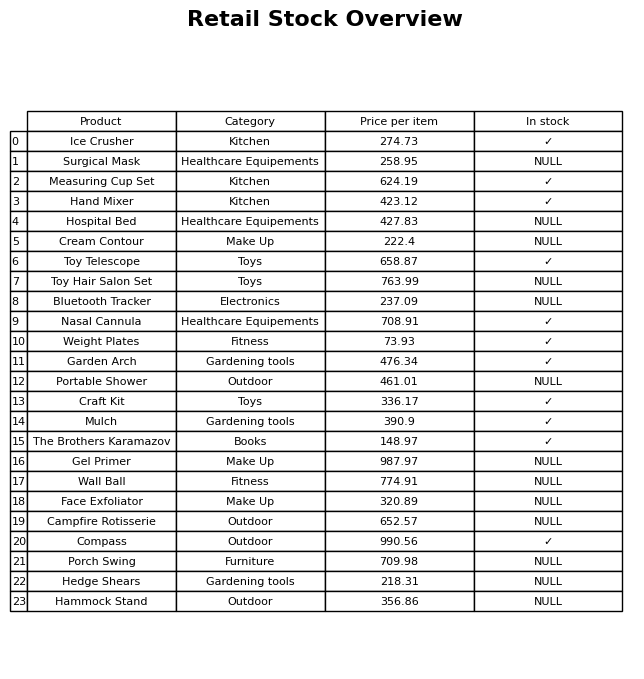
question: What is the price of the Garden Arch?
answer: The price of Garden Arch is 476.34.